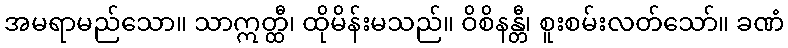
အမရာမည်သော။ သာဣတ္ထီ၊ ထိုမိန်းမသည်။ ဝိစိနန္တီ၊ စူးစမ်းလတ်သော်။ ခဏံ